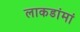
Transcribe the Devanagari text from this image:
लाकडांमां